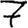
Digit: 7